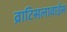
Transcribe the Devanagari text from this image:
व्राटिसलावाईस